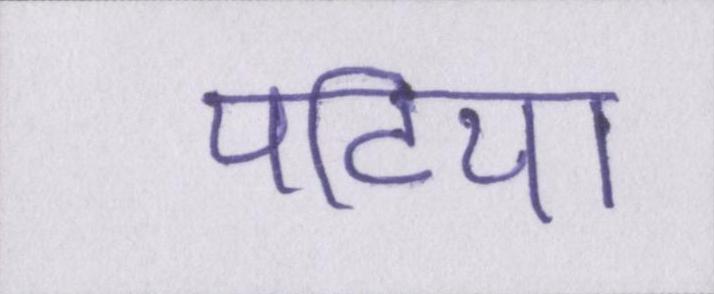
पटिया